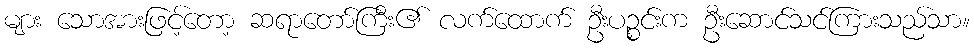
များ သောအားဖြင့်တော့ ဆရာတော်ကြီး၏ လက်ထောက် ဦးပဉ္စင်းက ဦးဆောင်သင်ကြားသည်သာ။